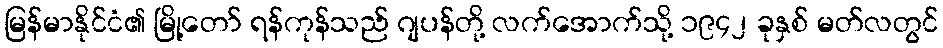
မြန်မာနိုင်ငံ၏ မြို့တော် ရန်ကုန်သည် ဂျပန်တို့ လက်အောက်သို့ ၁၉၄၂ ခုနှစ် မတ်လတွင်